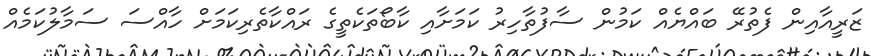
ޒަރީއާއިން ފެތުރޭ ބައްޔެއް ކަމުން ސާފުތާހިރު ކަމަށާއި ކާބޯތަކެތީގެ ރައްކާތެރިކަމަށް ހާއްސަ ސަމާލުކަމެއް